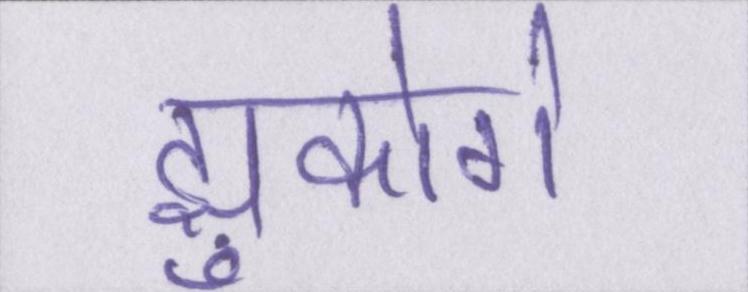
झुकोगे